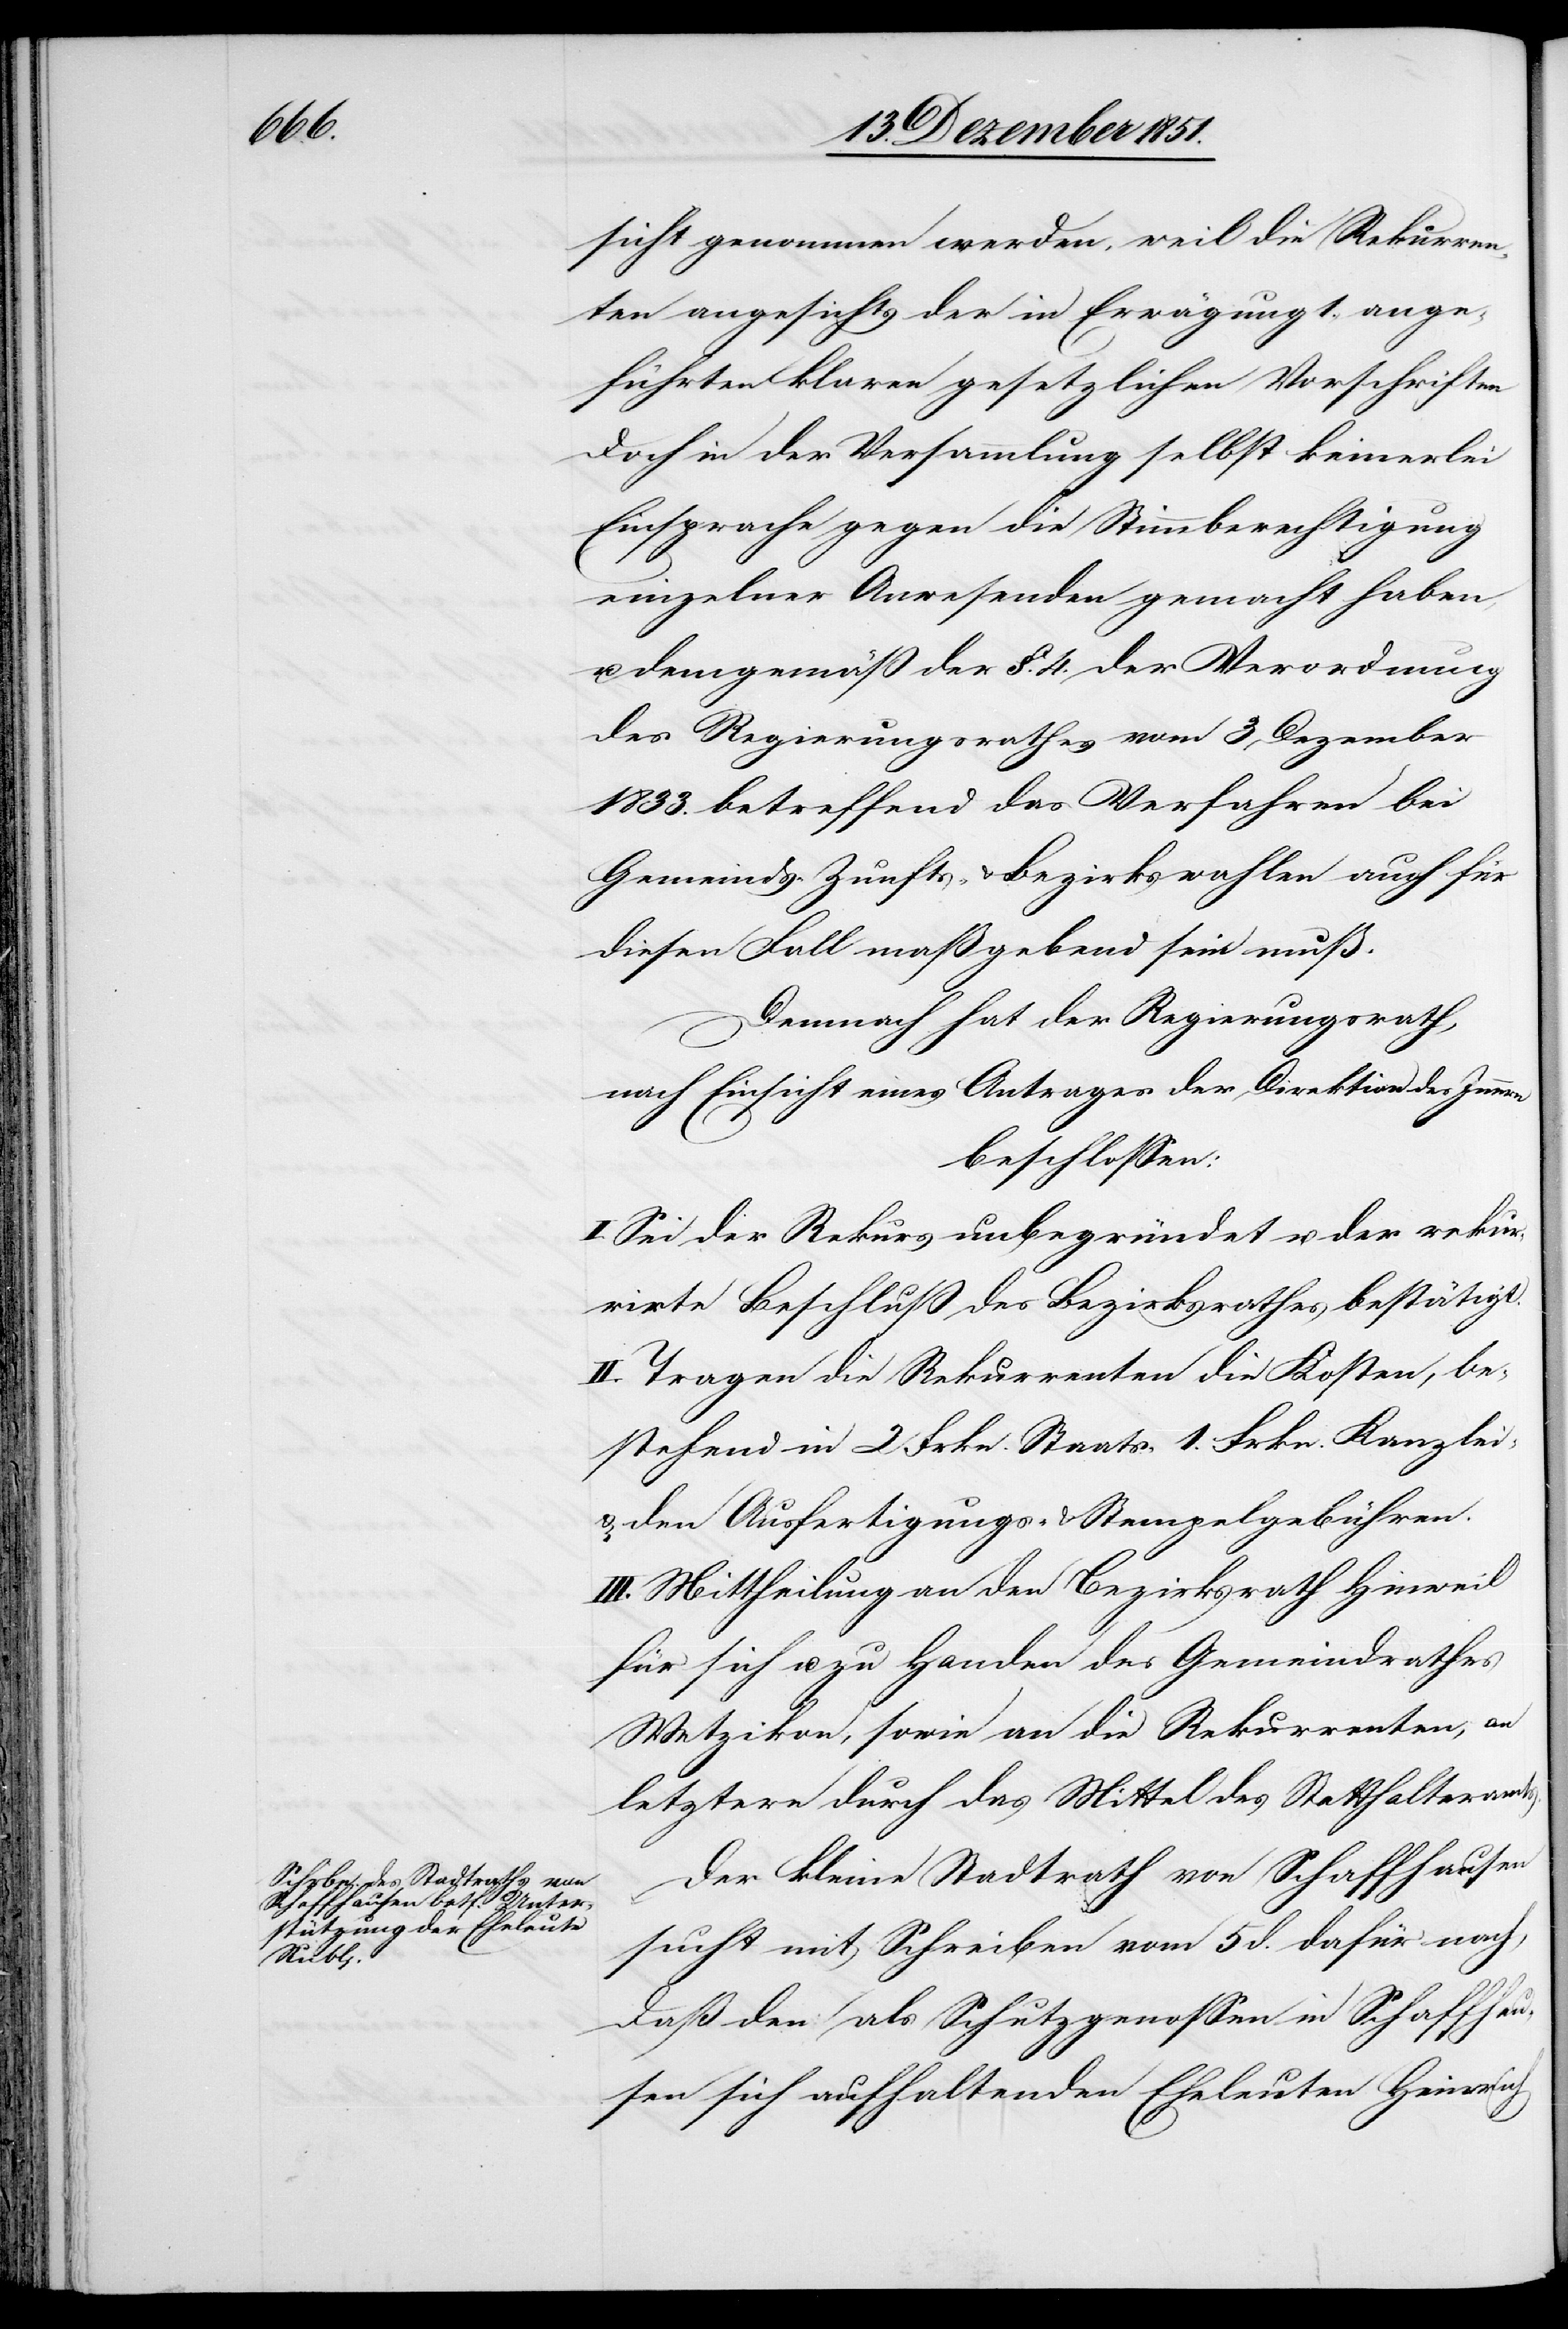
sicht genommen werden, weil die Rekurren¬
ten angesichts der in Erwägung 1. ange¬
führten klaren gesetzlichen Vorschriften
doch in der Versammlung selbst keinerlei
Einsprache gegen die Stimmberechtigung
einzelner Anwesenden gemacht haben,
demgemäß der §. 4. der Verordnung
des Regierungsrathes vom 3 Dezember
1833. betreffend das Verfahren bei
Gemeinds-[,] Zunfts- & Bezirkswahlen auch für
diesen Fall maßgebend sein muß.
Demnach hat der Regierungsrath,
nach Einsicht eines Antrages der Direktion des Innern
beschlossen:
I. Sei der Rekurs unbegründet u. der rekur¬
rirte Beschluß des Bezirksrathes bestätigt.
II. Tragen die Rekurrenten die Kosten, be¬
stehend in 2 Frkn. Staats-[,] 1. Frkn. Kanzlei-
& den Ausfertigungs- & Stempelgebühren.
III. Mittheilung an den Bezirksrath Hinweil
für sich u. zu Handen des Gemeindrathes
Wetzikon, sowie an die Rekurrenten, an
letztere durch das Mittel des Statthalteramts.
Der kleine Stadtrath von Schaffhausen
sucht mit Schreiben vom 5 d. dafür nach,
daß den als Schutzgenossen in Schaffhau¬
sen sich aufhaltenden Eheleuten Heinrich